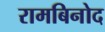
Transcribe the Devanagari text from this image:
रामबिनोद